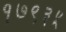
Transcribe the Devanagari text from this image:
१७९३५